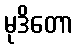
မုဒိတော